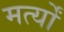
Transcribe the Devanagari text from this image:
मर्त्यों